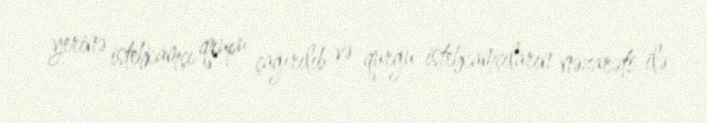
yerinə istehkamçı qrupu çağırılıb və qurğu istehkamçıların nəzarəti ilə